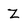
Character: z